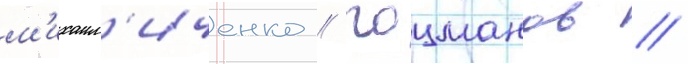
м'ихаил'иченко / гоцманов //